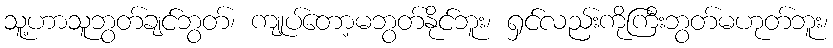
သူ့ဟာသူဘွတ်ချင်ဘွတ်၊ ကျုပ်တော့မဘွတ်နိုင်ဘူး၊ ရှင်လည်းကိုကြီးဘွတ်မဟုတ်ဘူး၊